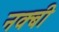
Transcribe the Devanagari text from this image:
नक्बी